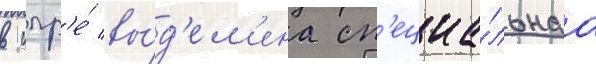
в игр'е́ вы́д'ел'ена сп'ециа́льнаа